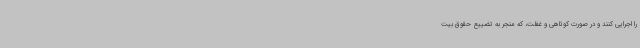
را اجرایی کنند و در صورت کوتاهی و غفلت، که منجر به تضییع حقوق بیت